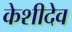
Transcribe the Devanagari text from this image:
केशीदेव